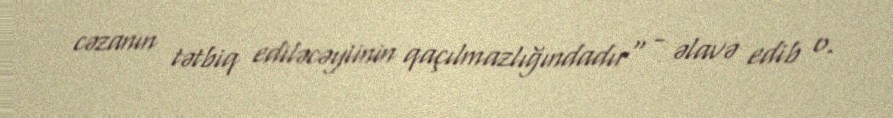
cəzanın tətbiq ediləcəyiinin qaçılmazlığındadır" - əlavə edib o.